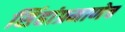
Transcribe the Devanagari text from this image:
सिंहांप्रमाणेच